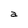
Character: a